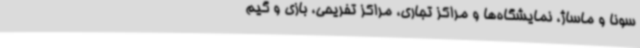
سونا و ماساژ، نمایشگاه‌ها و مراکز تجاری، مراکز تفریحی، بازی و گیم